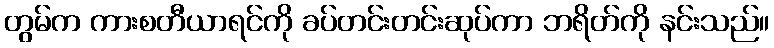
တွမ်က ကားစတီယာရင်ကို ခပ်တင်းတင်းဆုပ်ကာ ဘရိတ်ကို နင်းသည်။